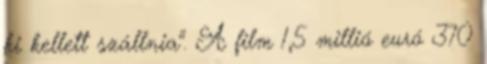
ki kellett szállnia". A film 1,5 millió euró 370